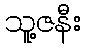
သူ့ဇနီး